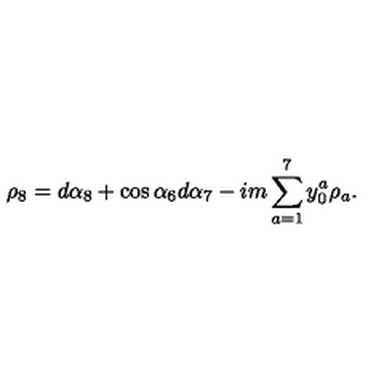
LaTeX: \rho _ { 8 } = d \alpha _ { 8 } + \cos { \alpha _ { 6 } } d \alpha _ { 7 } - i m \sum _ { a = 1 } ^ { 7 } y _ { 0 } ^ { a } \rho _ { a } .